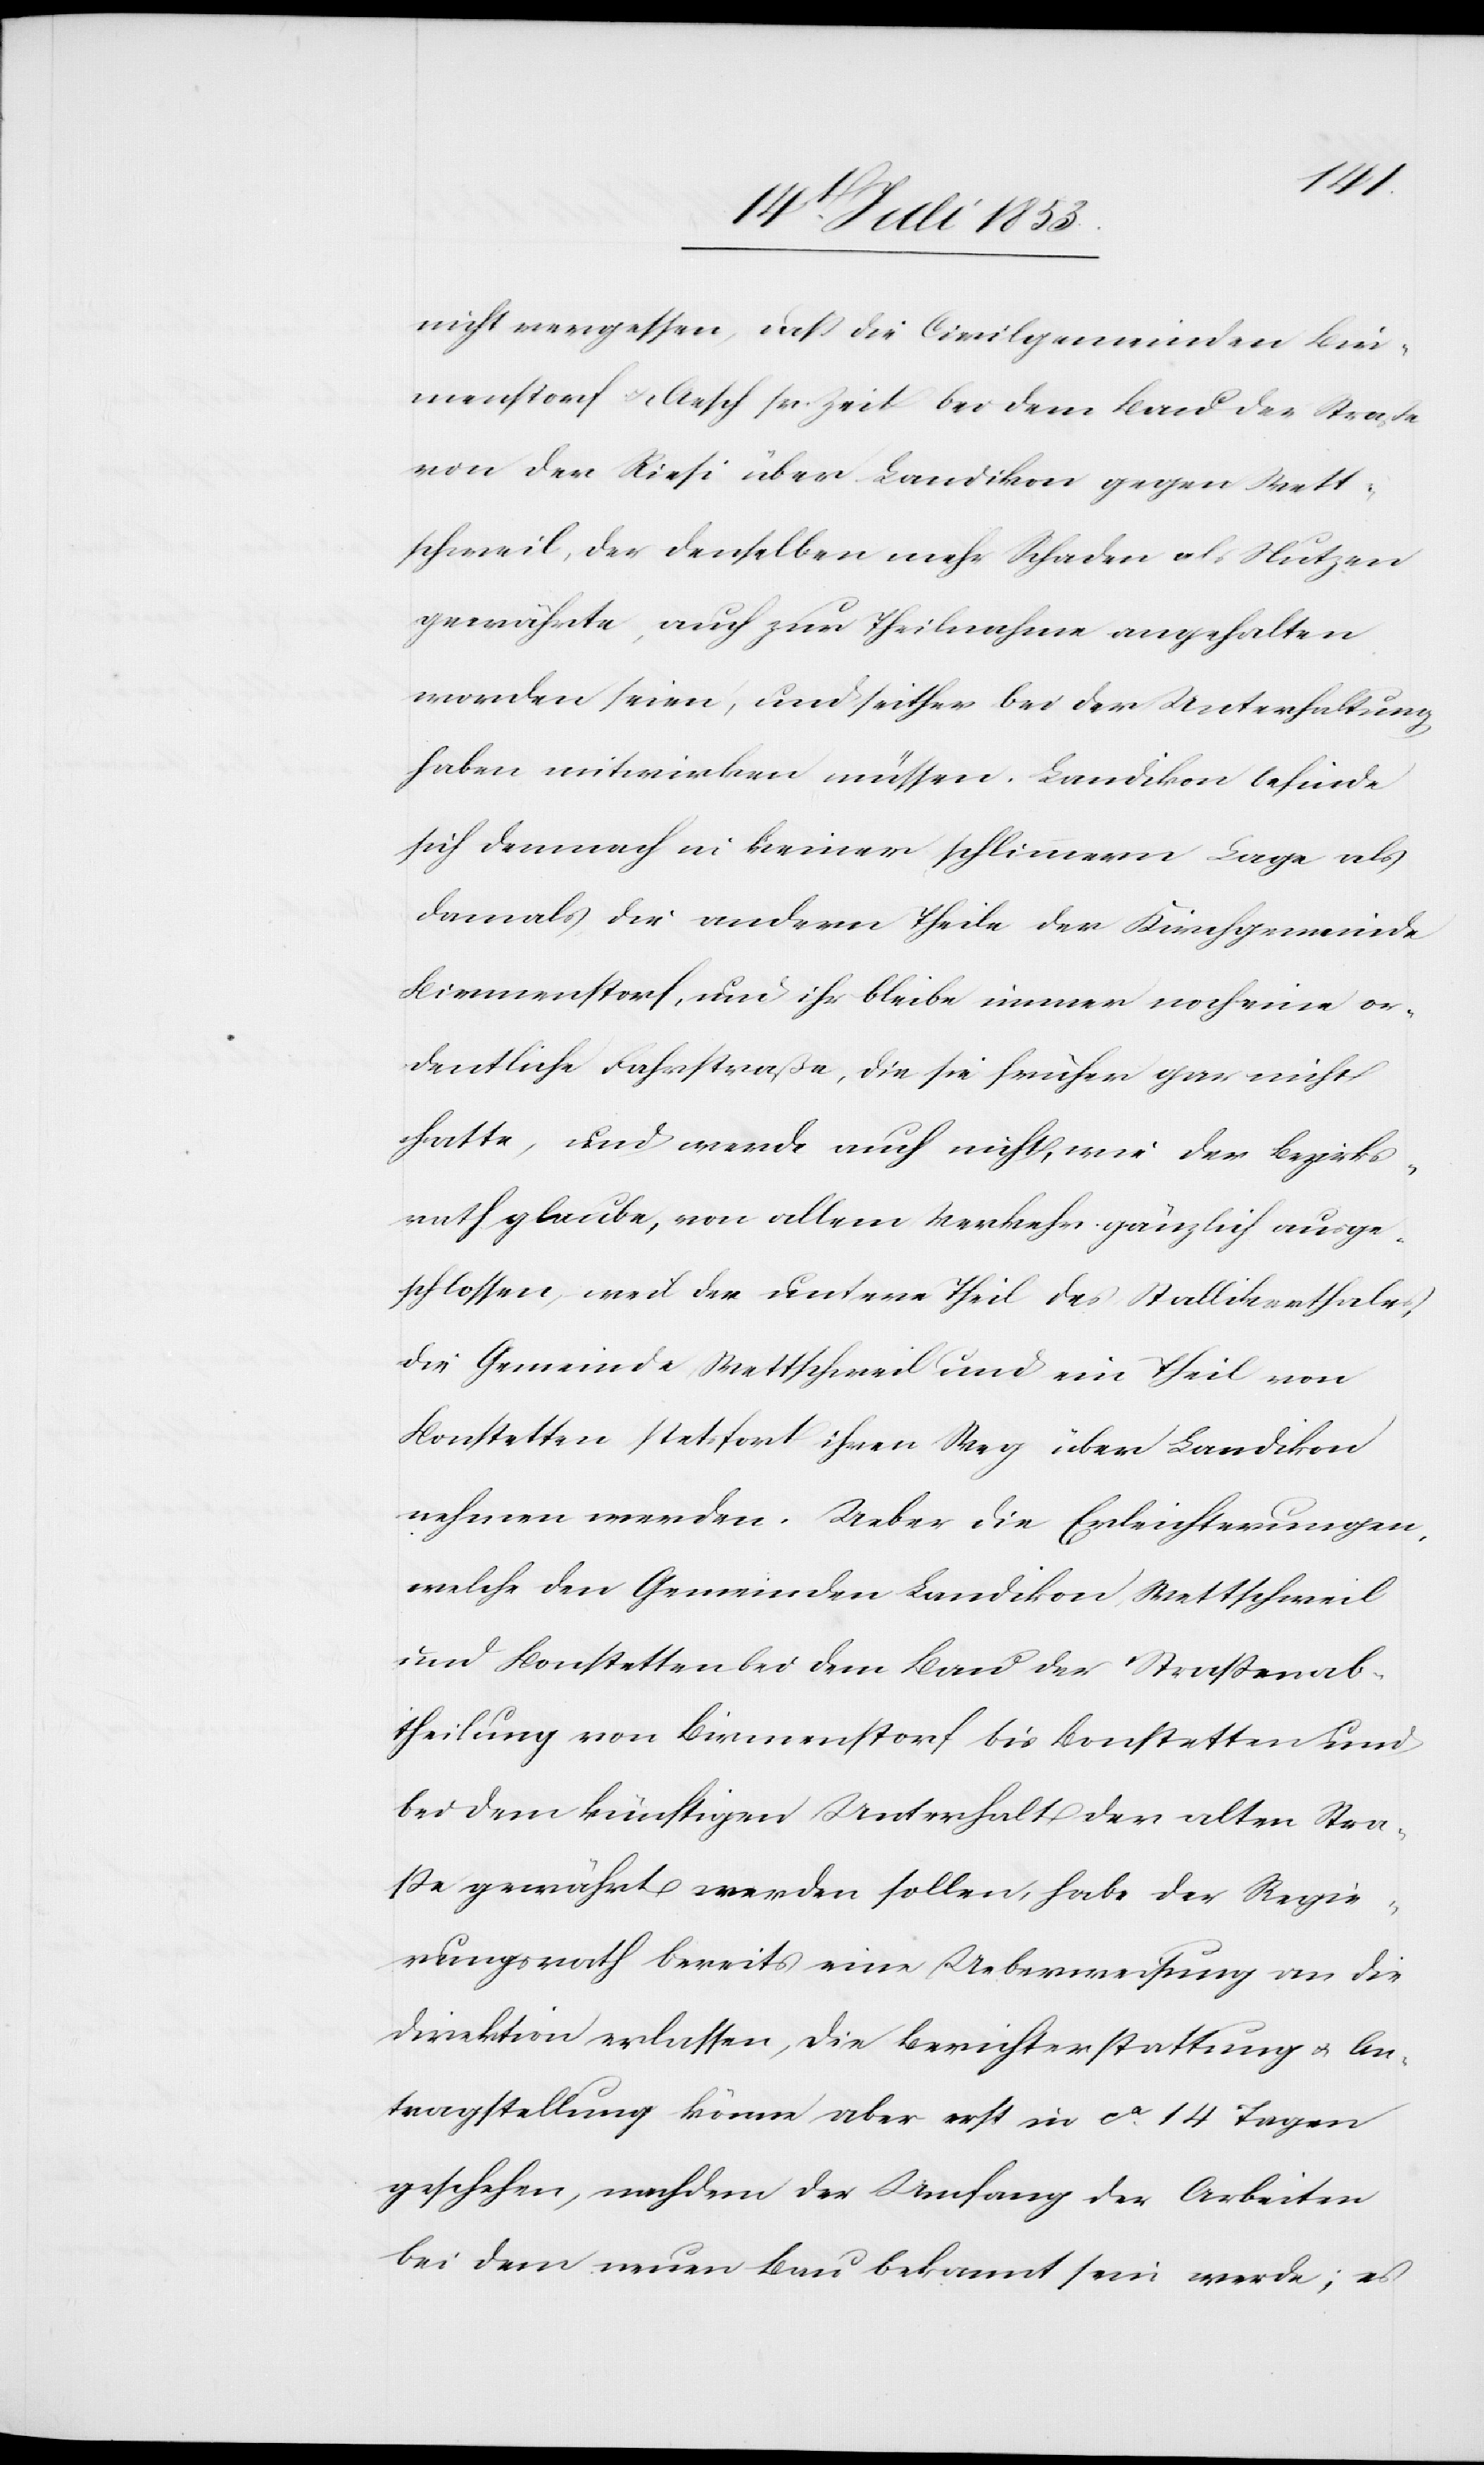
nicht vergessen, daß die Civilgemeinden Bir¬
menstorf u. Aesch zur Zeit bei dem Bau der Straße¬
n der Risi über Landikon gegen Wett¬
schweil, der denselben mehr Schaden als Nutzen
gewährte, auch zur Theilnahme angehalten
worden seien, und seither bei der Unterhaltung
haben mitwirken müssen. Landikon befinde
sich demnach in keiner schlimmern Lage als
damals die andern Theile der Kirchgemeinde
Birmenstorf, und ihr bleibe immer noch eine or¬
dentliche Fahrstraße, die sie früher gar nicht
hatte, und werde auch nicht, wie der Bezirks¬
rath glaube, von allem Verkehr gänzlich ausge¬
schlossen, weil der untere Theil des Stallikerthales,
die Gemeinde Wettschweil und ein Theil von
Bonstetten stetsfort ihren Weg über Landikon
nehmen werden. Ueber die Erleichterungen,
welche den Gemeinden Landikon Wettschweil
und Bonstetten bei dem Bau der Straßenab¬
theilung von Birmenstorf bis Bonstetten und
bei dem künftigen Unterhalt der alten Stra¬
ße gewährt werden sollen, habe der Regie¬
rungsrath bereits eine Ueberweisung an die
Direktion erlassen, die Berichterstattung u. An¬
tragstellung könne aber erst in ca 14 Tagen
geschehen, nachdem der Umfang der Arbeiten
bei dem neuen Bau bekannt sein werde, es